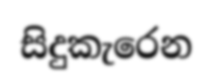
සිදුකැරෙන